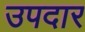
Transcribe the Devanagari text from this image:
उपदार